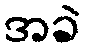
အခဲ